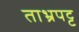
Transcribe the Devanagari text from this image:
ताभ्रपट्ट